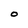
Character: 0